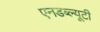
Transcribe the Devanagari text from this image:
एनडब्ल्यूटी